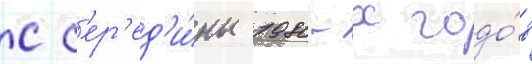
С с'ер'ед'и́ны 1980-х годо́в